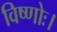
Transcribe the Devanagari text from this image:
विष्णोः।